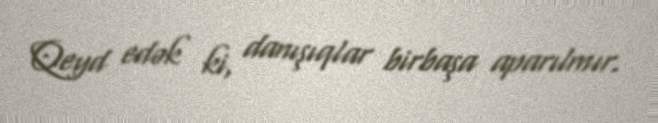
Qeyd edək ki, danışıqlar birbaşa aparılmır.